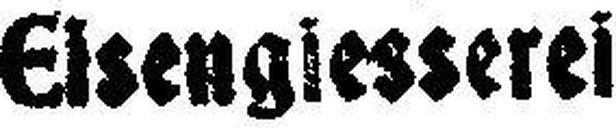
Eisengiesserei